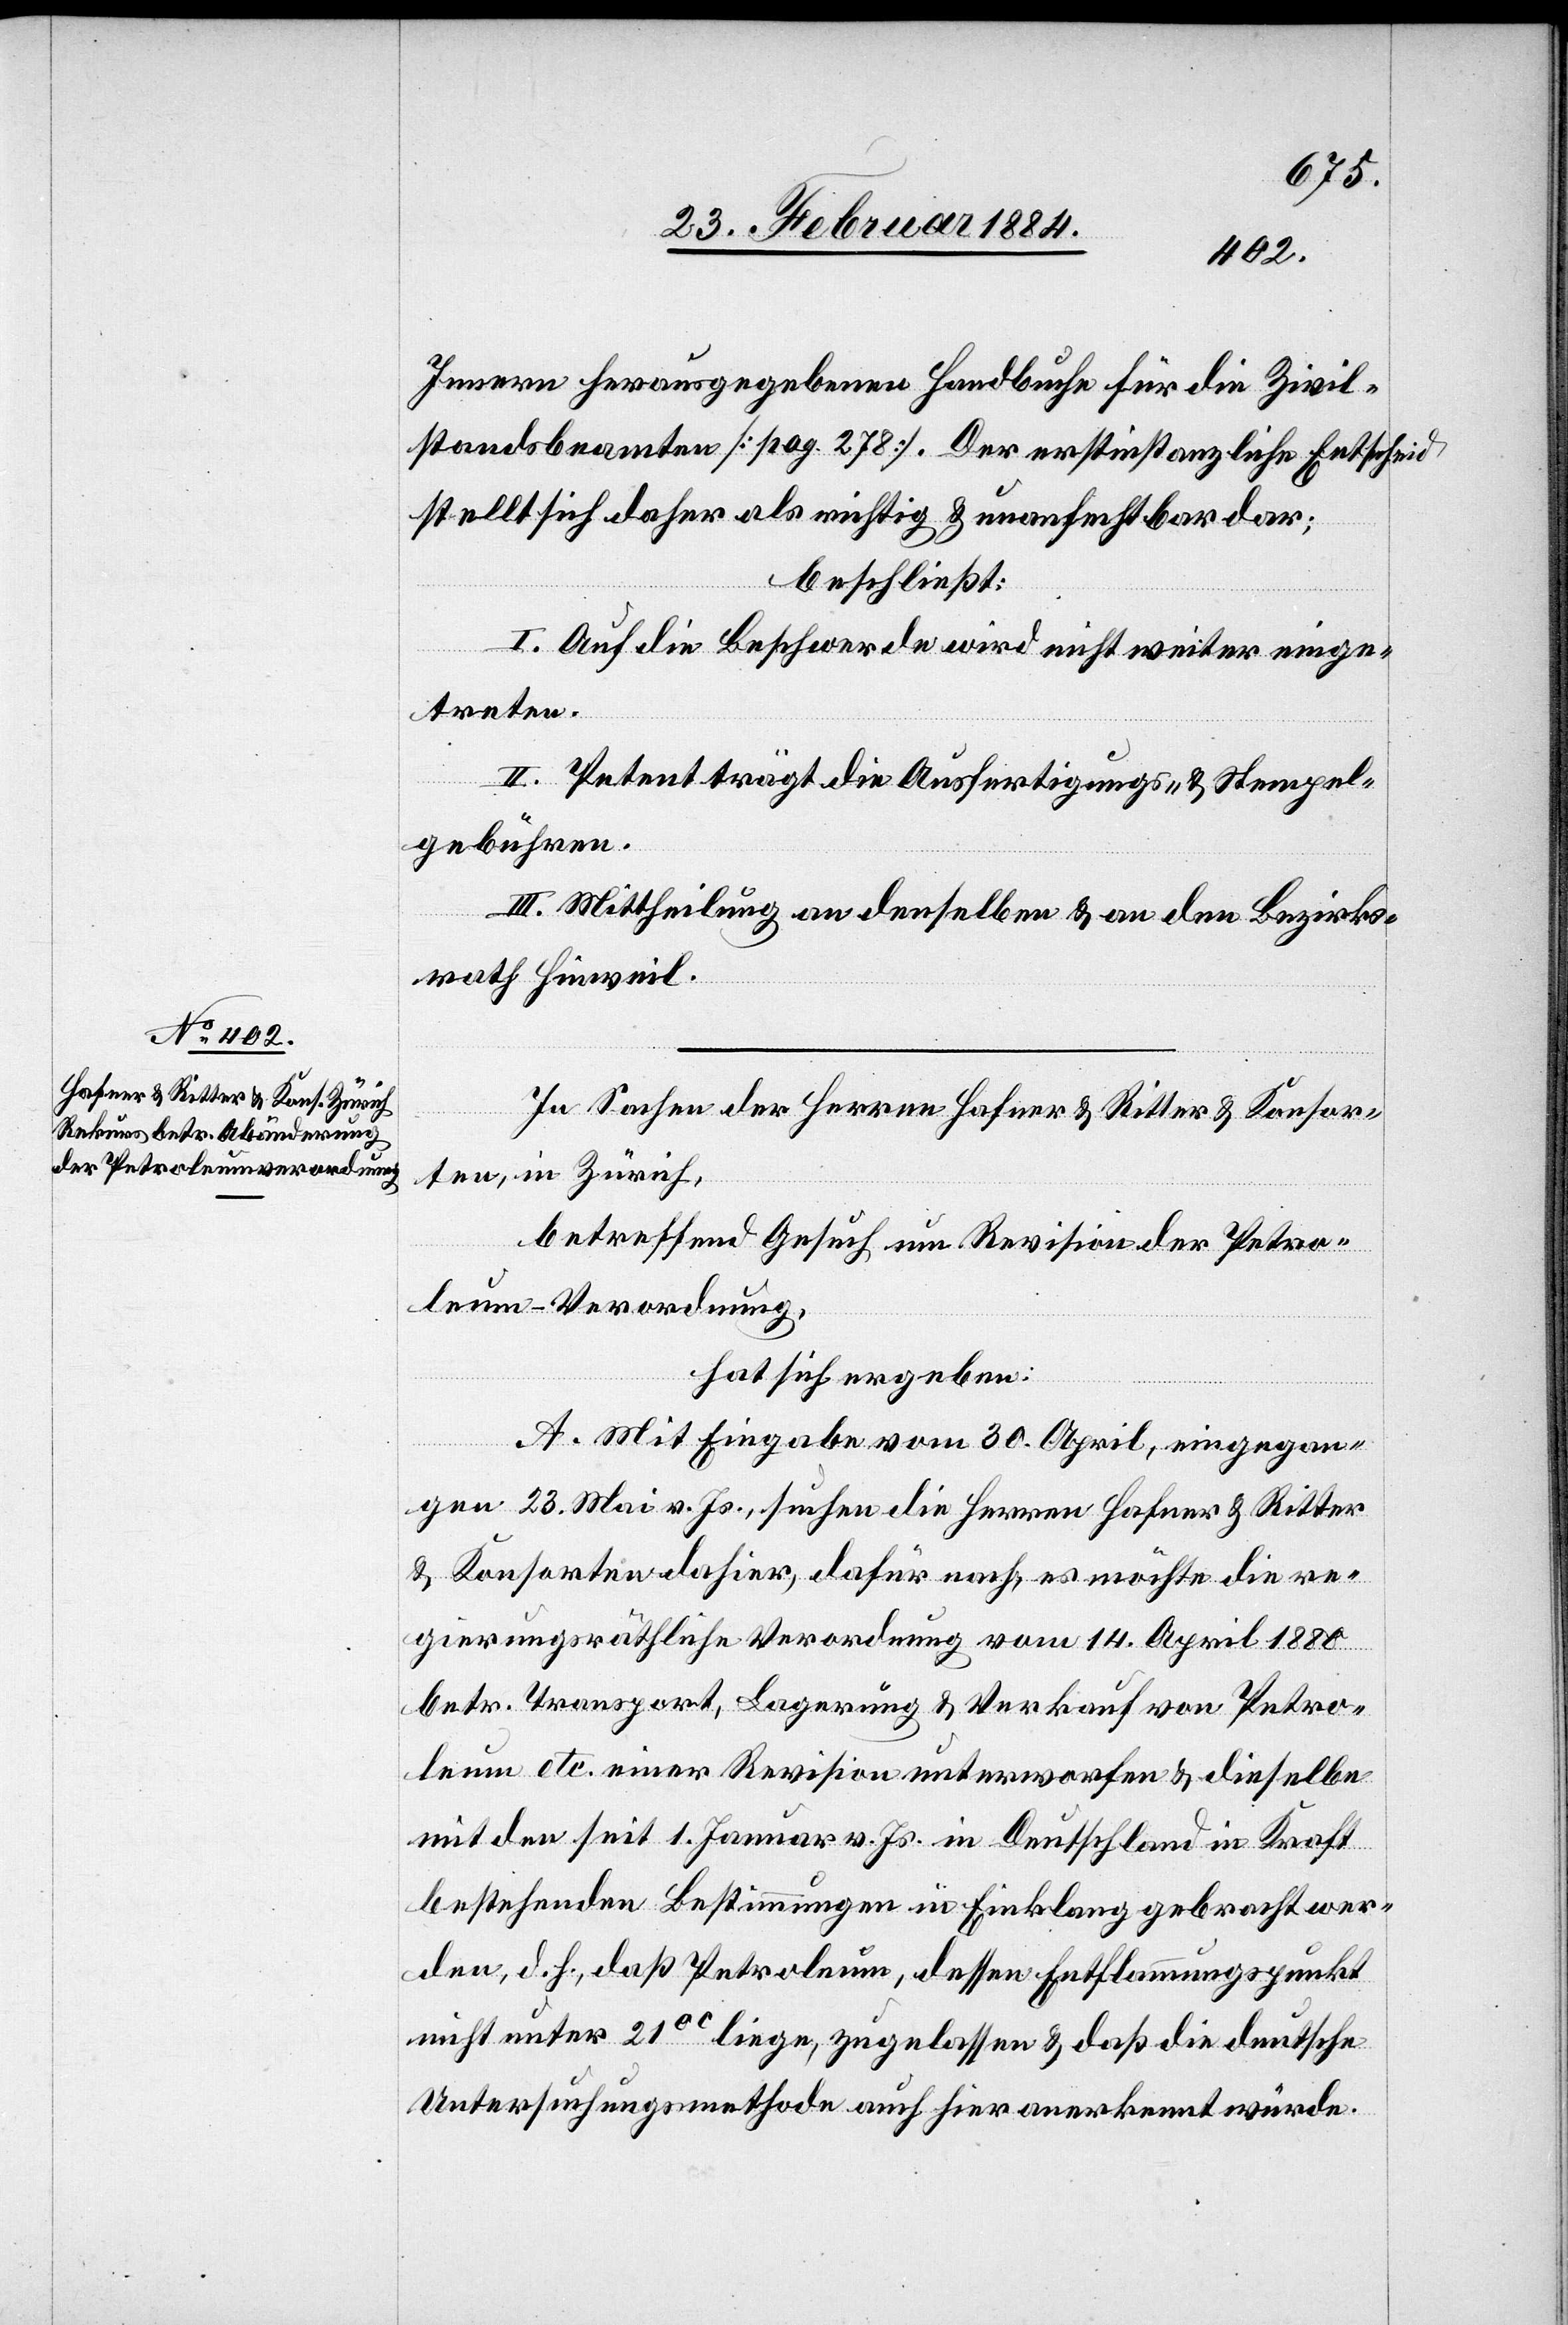
Innern herausgegebenen Handbuche für die Zivil¬
standsbeamten [pag. 278]. Der erstinstanzliche Entscheid
stellt sich daher als richtig & unanfechtbar dar;
beschließt:
I. Auf die Beschwerde wird nicht weiter einge¬
treten.
II. Petent trägt die Ausfertigungs- & Stempel¬
gebühren.
III. Mittheilung an denselben & an den Bezirks¬
rath Hinweil.
In Sachen der Herren Hafner & Ritter & Konsor¬
ten, in Zürich,
betreffend Gesuch um Revision der Petro¬
leum-Verordnung,
hat sich ergeben:
A. Mit Eingabe vom 30. April, eingegan¬
gen 23. Mai v. Js., suchen die Herren Hafner & Ritter
& Konsorten dahier, dafür nach, es möchte die re¬
gierungsräthliche Verordnung vom 14. April 1880
betr. Transport, Lagerung & Verkauf von Petro¬
leum etc. einer Revision unterworfen & dieselbe
mit den seit 1. Januar v. Js. in Deutschland in Kraft
bestehenden Bestimmungen in Einklang gebracht wer¬
den, d. h., daß Petroleum, dessen Entflammungspunkt
nicht unter 21°C liege, zugelassen & daß die deutsche
Untersuchungsmethode auch hier anerkannt würde.